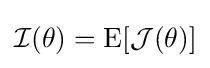
{\mathcal {I}}(\theta )=\mathrm {E} [{\mathcal {J}}(\theta )]